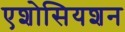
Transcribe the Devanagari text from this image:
एशोसियशन